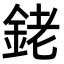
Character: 銠